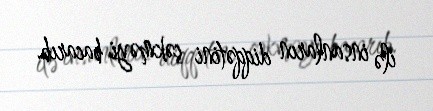
ilə insanların diqqətini çəkməyi bacarıb.